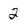
Character: 2